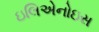
ઇલિએનોઇસ